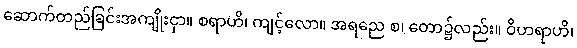
ဆောက်တည်ခြင်းအကျိုးငှာ။ စရာဟိ၊ ကျင့်လော။ အရညေ စ၊ တော၌လည်း။ ဝိဟရာဟိ၊